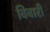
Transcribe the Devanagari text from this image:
विवारी